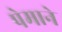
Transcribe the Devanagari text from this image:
पेमाने